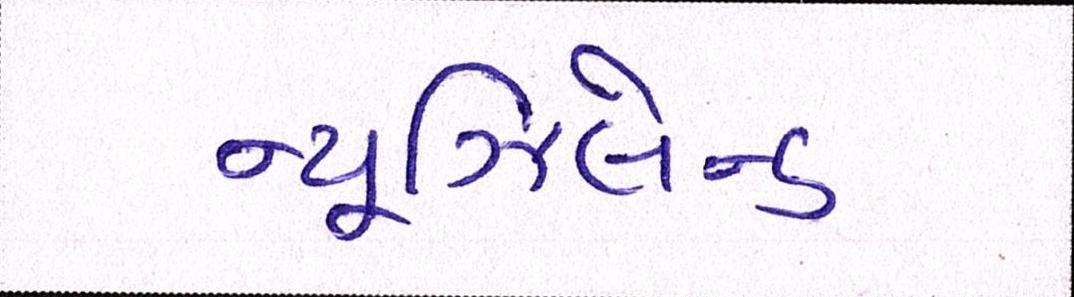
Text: ન્યૂઝિલેન્ડ